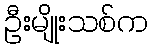
ဦးမျိုးသစ်က